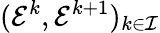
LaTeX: (\mathcal E^{k},\mathcal E^{k+1})_{k\in\mathcal I}